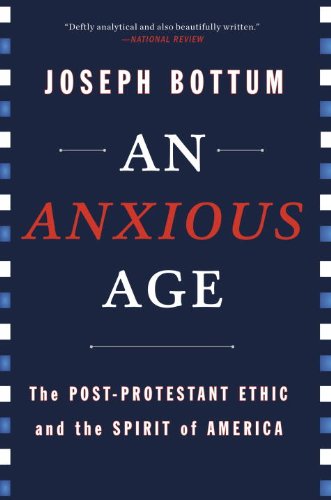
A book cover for An Anxious Age: The Post-Protestant Ethic and the Spirit of America; Joseph Bottum; Religion & Spirituality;